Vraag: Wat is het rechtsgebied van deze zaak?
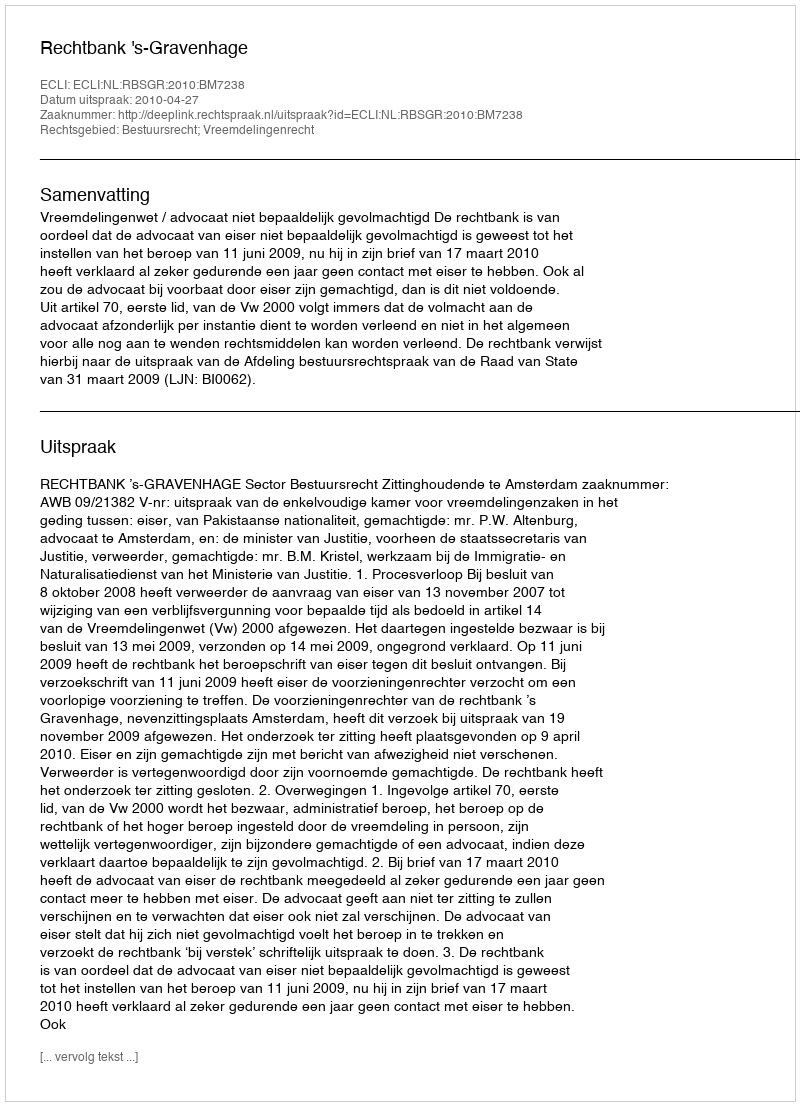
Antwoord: Bestuursrecht; Vreemdelingenrecht